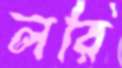
লরি